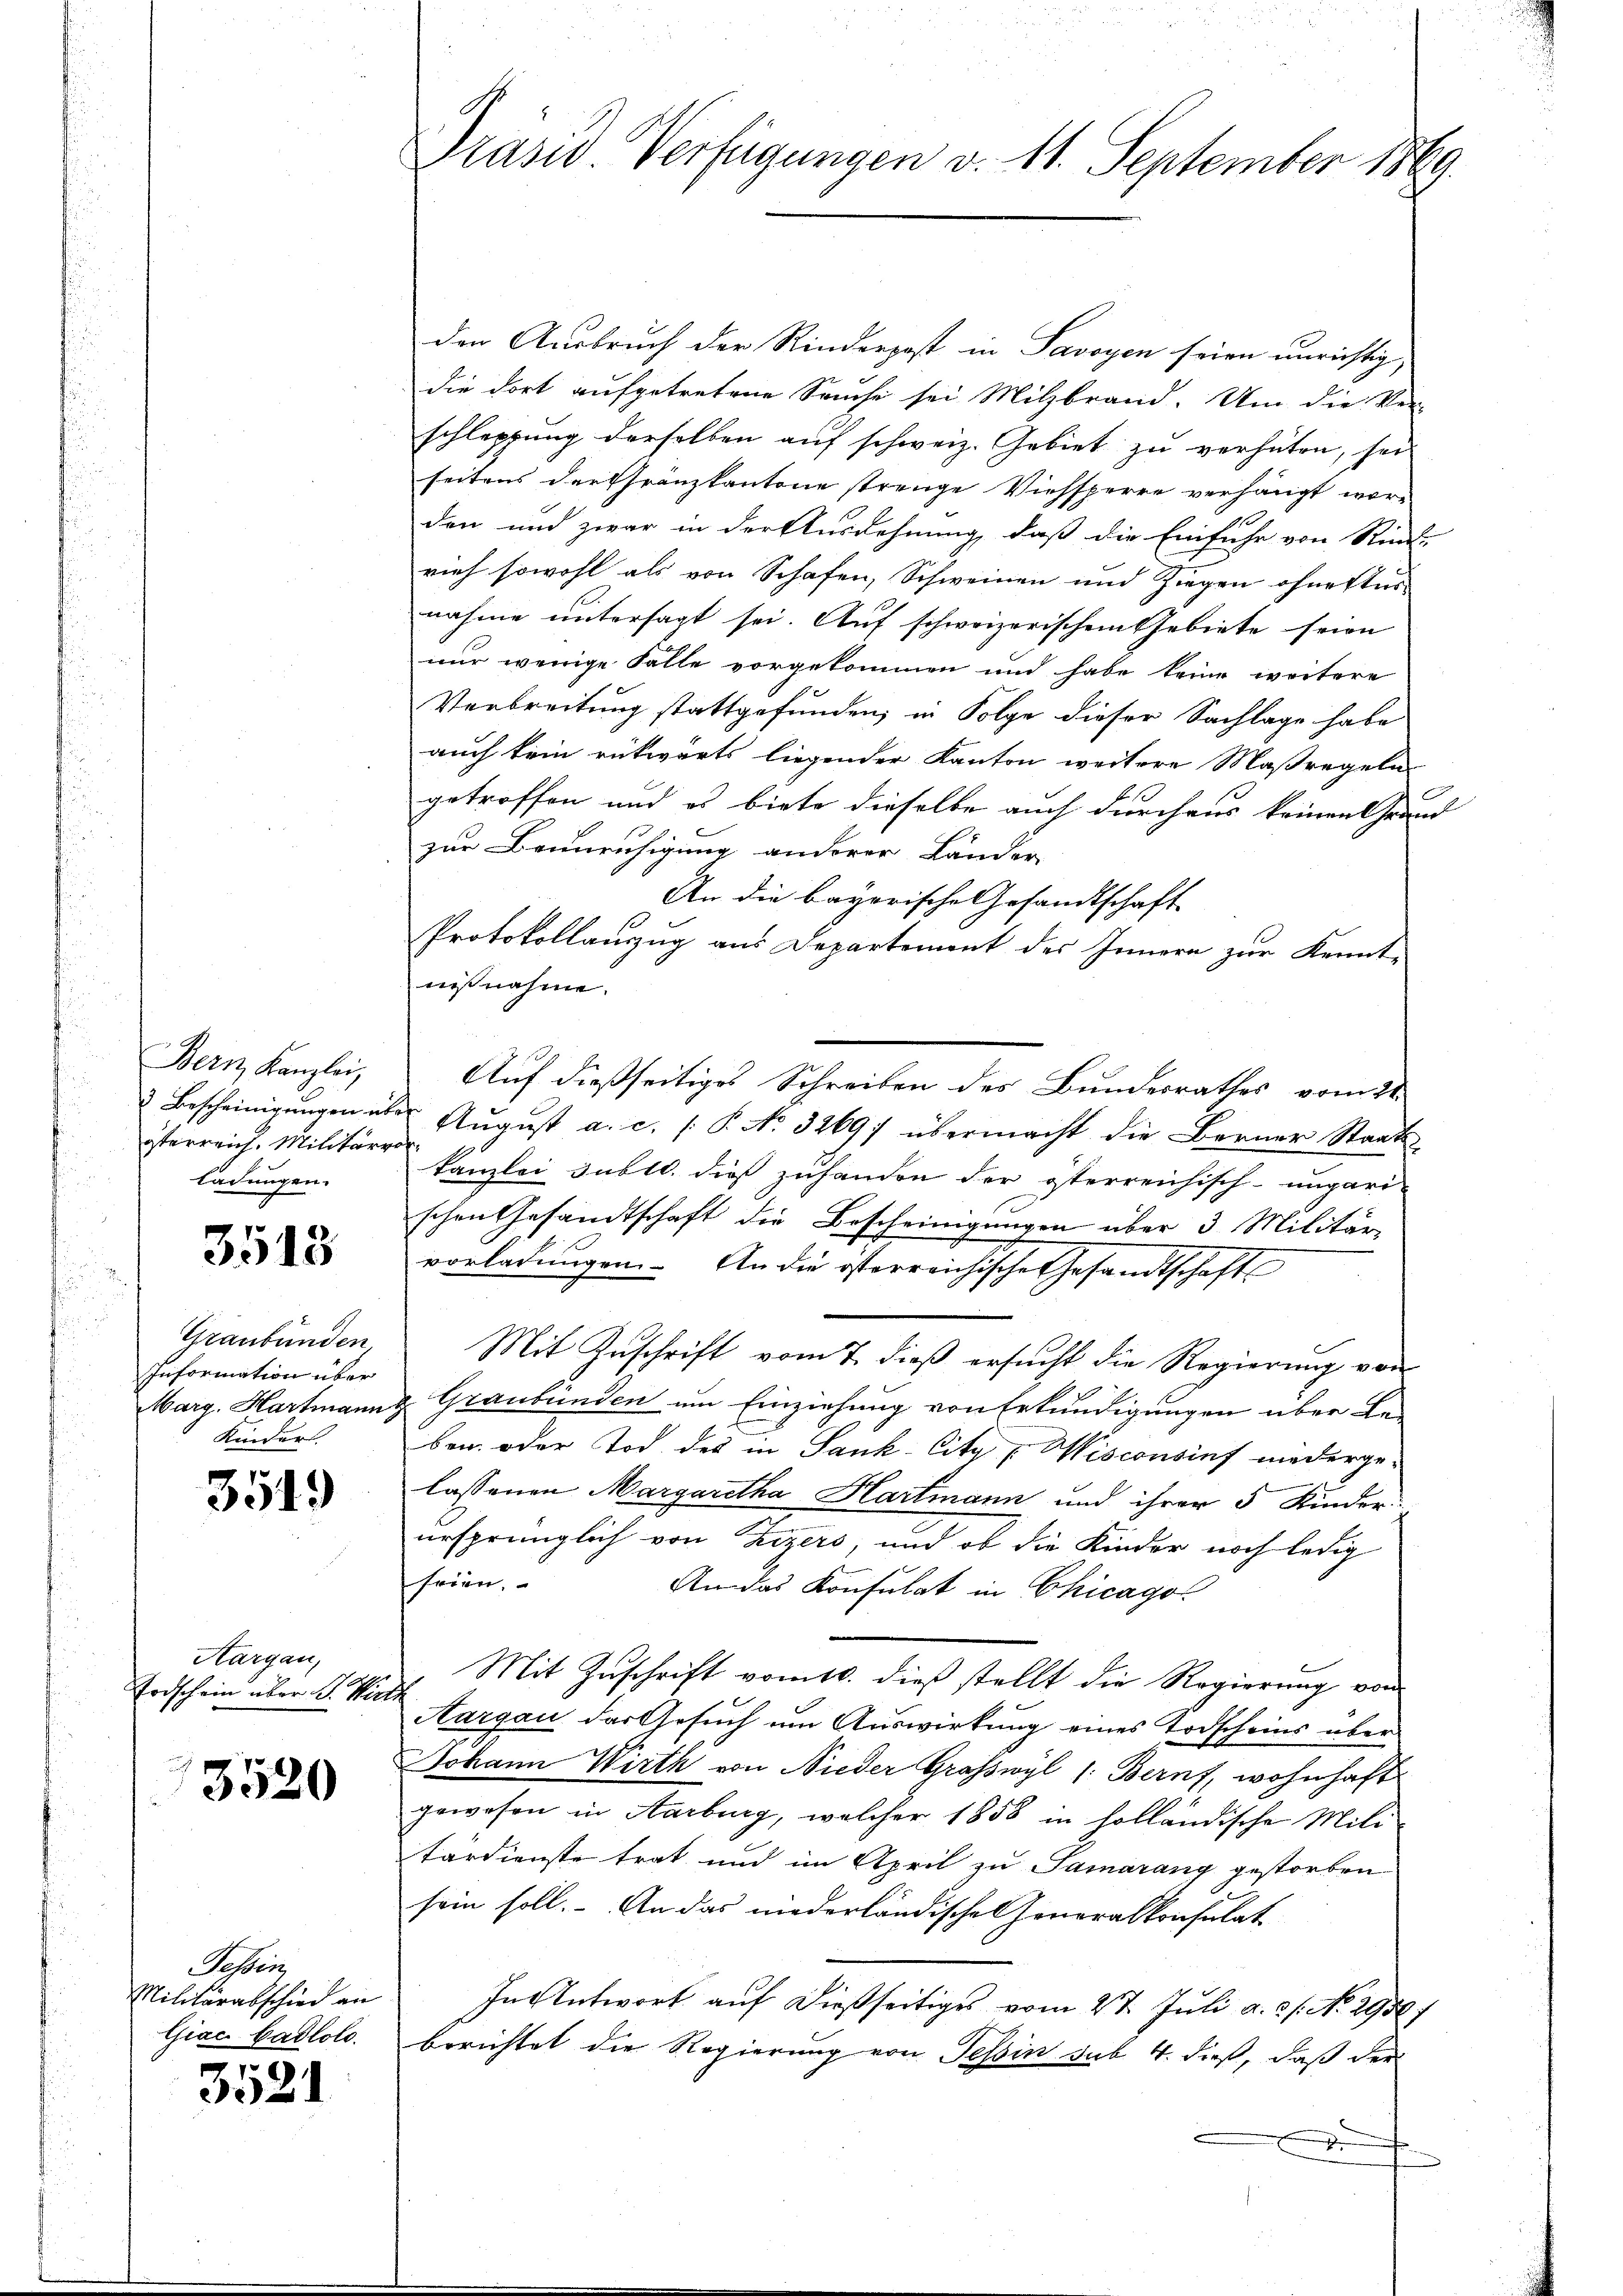
Bern Kanzlei,
öterreich. Militärvor
Ladungen.

3513

Graubünden,
Information über
Kinder

3519

Aargau,
Erdschein über J. Wirke

3520

Posten
Militärabschied an
Giac Hadlolo.

3521

Präsid Verfügungen v. 11. September 1869.

den Ausbruch der Rinderpost in Savoyen seien unrichtig,
die dort aufgetretene Sache sei Milzbrand. Um die Ver-
schleppung derselben auf schweiz. Gebiet zu verhüten, sei
seitens der Gränzkantone strenge Viehsperre verhängt worden und zwar in der Ausdehnung, daß die Einfuhr von Rück-
rieh sowohl als von Schafen, Schweinen und Ziegen ohnestes-
nahme untersagt sei. Auf schweizerischem Gebiete seien
nur wenige Falle vorgekommen und habe keine weitere
Verbreitung stattgefunden, in Folge dieser Sachlage habe
auch kein rückwärts liegender Kanton weitere Maßregeln
getroffen und es biete dieselbe auch durchaus keinen Grund
zur Beunruhigung anderer Länder
An die bayerische Gesandtschaft
Protokollauzug aus Departement des Innern zur Kennt-
nißnahme.
Auf dießseitiges Schreiben des Bundesrathes vom 21.
 Bescheinigungen über August a. c. /: P. No. 3269) übermacht die Berner Staats-
kanzlei subll. dies zuhanden der österreichisch-ungari-
schen Gesandtschaft die Bescheinigungen über 3 Militär
vorladungen. An die österreichische Gesandtschaft
Mit Zuschrift vom 7. dieß ersucht die Regierung von
arg. Hartmann & Graubünden um Einziehung von Erkundigungen über Be-
ben oder Tod des in Sank-Citz [Wisconsinf niedergelassenen Margaretha Hartmann und ihrer 5 Kinder-
ursprünglich von Zizers, und ob die Kinder noch ledig
seien,
An das Konsulat in Chicago
Mit Zuschrift vom 10. dieß stellt die Regierung von
Aargau der Gesuch um Auswirkung eines Todscheins über
Johann Wirth von Nieder Graswyl /: Bern, wohnhaft
gewesen in Aarburg, welcher 1858 in holländische Mili
tärdienste trat und im April zu Samarang gestorben
sein soll. An das niederländische Generalkonsulat
In Antwort auf dießseitiges vom 4t Juli a. c. No. 2956)
berichtet die Regierung von Tessin sub 4. dieß, daß der
2